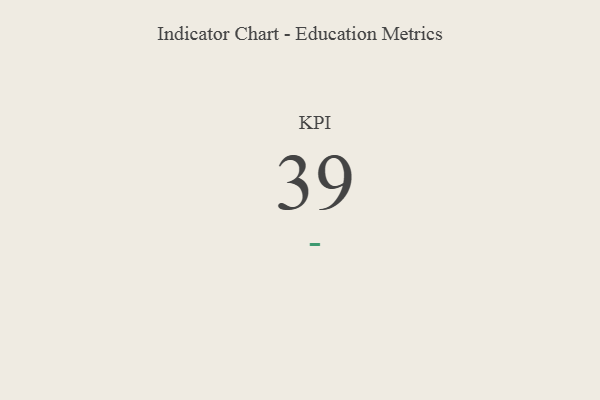
{"axis": {"x": "KPI", "y": "Value"}, "legend": [""], "data": [{"x": "KPI", "y": 39, "type": ""}]}